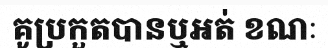
គូប្រកួតបានឬអត់ ខណៈ